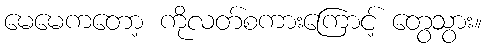
မေမေကတော့ ကိုလတ်စကားကြောင့် တွေသွား။